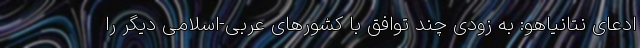
ادعای نتانیاهو: به زودی چند توافق با کشورهای عربی-اسلامی دیگر را